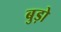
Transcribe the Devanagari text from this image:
बुड़ो